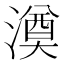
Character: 𣾇